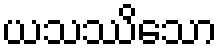
ယသဿိသော